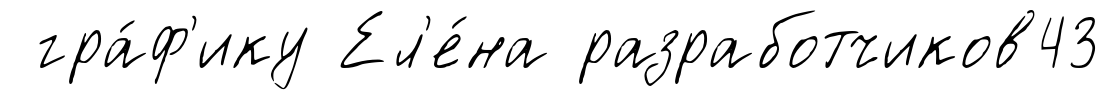
гра́ф'ику Ел'е́на разработчиков43